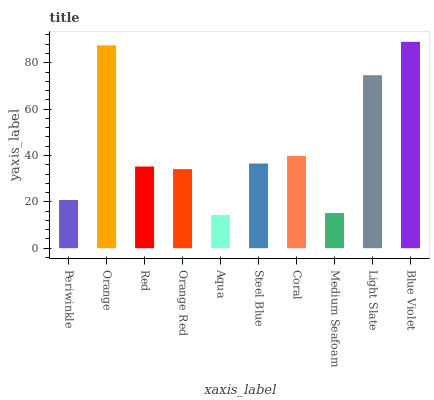
| xaxis_label | bars |
 | --- | --- |
 | Periwinkle | 20.8 |
 | Orange | 87.5 |
 | Red | 35.2 |
 | Orange Red | 34.1 |
 | Aqua | 14.3 |
 | Steel Blue | 36.5 |
 | Coral | 39.8 |
 | Medium Seafoam | 15.1 |
 | Light Slate | 74.6 |
 | Blue Violet | 89 |